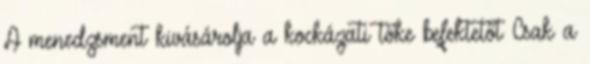
A menedzsment kivásárolja a kockázati tőke befektetőt Csak a